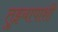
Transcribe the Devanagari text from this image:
तुझ्यापाशी